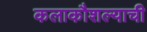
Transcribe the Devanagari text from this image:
कलाकौशल्याची